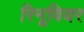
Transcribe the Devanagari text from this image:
रिनूवियर